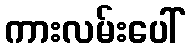
ကားလမ်းပေါ်